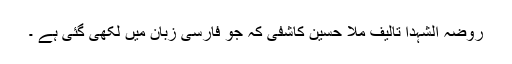
روضہ الشہدا تالیف ملا حسين كاشفی كہ جو فارسی زبان میں لکھی گئی ہے ۔